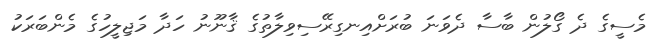
މެސީގެ ދެ ގޯލުން ބާސާ ދެވަނަ ބުރަށްއިނގިރޭސިވިލާތުގެ ޤާނޫނު ހަދާ މަޖިލީހުގެ މެންބަރަކު